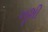
ખૂશી